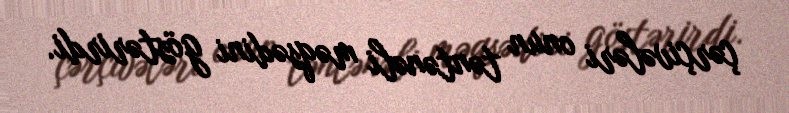
çərçivələri onun təntənəli məqsədini göstərirdi.